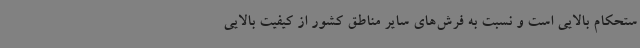
ستحکام بالایی است و نسبت به فرش‌های سایر مناطق کشور از کیفیت بالایی